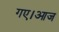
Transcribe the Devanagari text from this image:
गए।आज